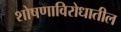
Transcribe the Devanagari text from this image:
शोषणाविरोधातील